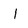
Character: l